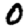
Digit: 0